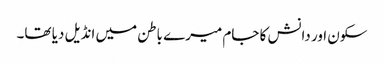
سکون اور دانش کا جام میرے باطن میں انڈیل دیا تھا۔